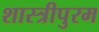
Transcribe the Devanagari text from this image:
शास्त्रीपुरम